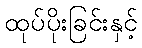
ထုပ်ပိုးခြင်းနှင့်